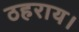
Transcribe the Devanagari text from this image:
ठहराय।